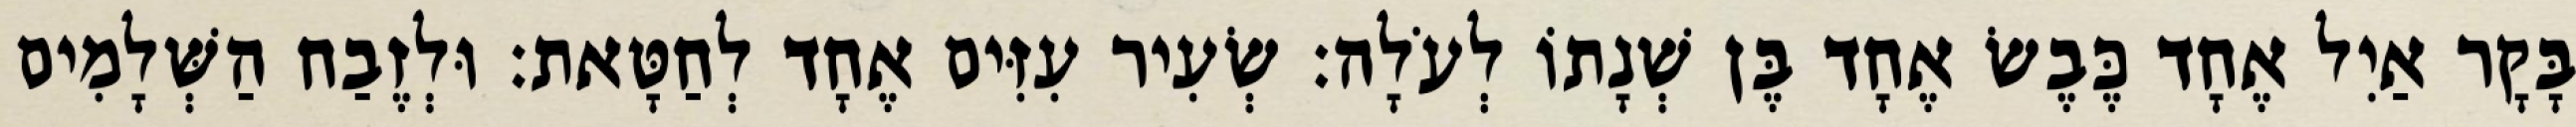
בָּקָר אַיִל אֶחָד כֶּבֶשׂ אֶחָד בֶּן שְׁנָתוֹ לְעֹלָה׃ שְׂעִיר עִזִּים אֶחָד לְחַטָּאת׃ וּלְזֶבַח הַשְּׁלָמִים